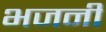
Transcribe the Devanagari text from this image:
भजनीं